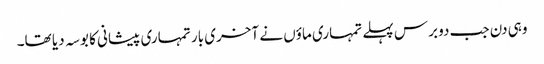
وہی دن جب دو برس پہلے تمہاری ماؤں نے آخری بار تمہاری پیشانی کا بوسہ دیا تھا۔